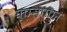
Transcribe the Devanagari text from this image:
यूएसएएन